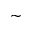
\sim